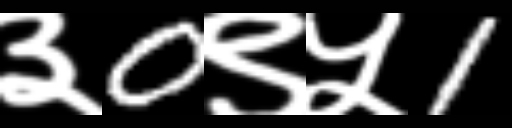
Text: ३0९५1